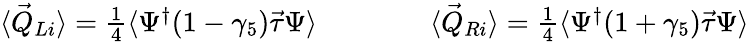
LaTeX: \begin{array}{r}{\langle\vec{Q}_{Li}\rangle=\frac{1}{4}\langle\Psi^{\dagger}(1-\gamma_{5})\vec{\tau}\Psi\rangle\qquad\qquad\langle\vec{Q}_{Ri}\rangle=\frac{1}{4}\langle\Psi^{\dagger}(1+\gamma_{5})\vec{\tau}\Psi\rangle}\end{array}